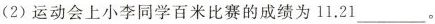
(2)运动会上小李同学百米比赛的成绩为11.21___。